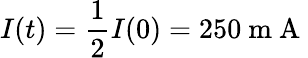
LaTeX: I(t)=\frac{1}{2}I(0)=250\mathrm{~m~A~}